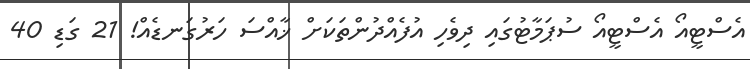
އެސްޓީއޯ އެސްޓީއޯ ސުޕަމާޓުގައި ދިވެހި އުފެއްދުންތަކަށް ޚާއްސަ ހަރުގަނޑެއް! 21 ގަޑި 40